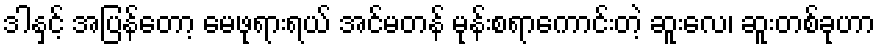
ဒါနှင့် အပြန်တော့ မေဖုရားရယ် အင်မတန် မုန်းစရာကောင်းတဲ့ ဆူးလေ၊ ဆူးတစ်ခုဟာ